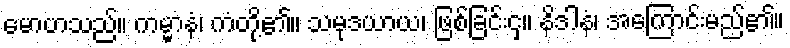
မောဟသည်။ ကမ္မာနံ၊ ကံတို့၏။ သမုဒယာယ၊ ဖြစ်ခြင်းငှ။ နိဒါနံ၊ အကြောင်းမည်၏။